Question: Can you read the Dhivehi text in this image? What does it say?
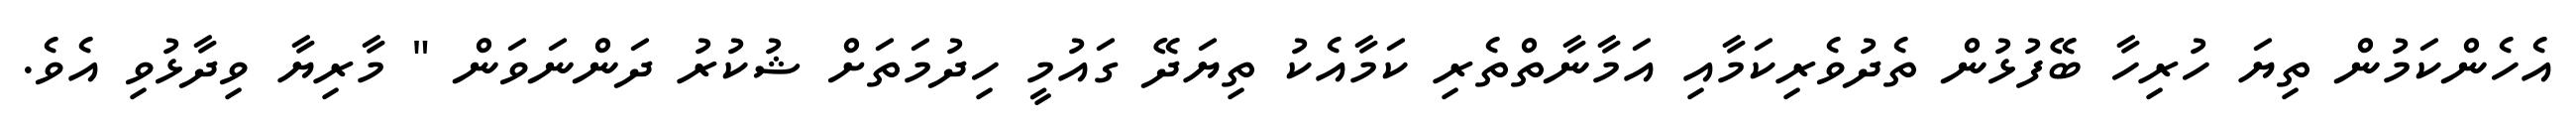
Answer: އެހެންކަމުން ތިޔަ ހުރިހާ ބޭފުޅުން ތެދުވެރިކަމާއި އަމާނާތްތެރި ކަމާއެކު ތިޔަދޭ ގައުމީ ހިދުމަތަށް ޝުކުރު ދަންނަވަން " މާރިޔާ ވިދާޅުވި އެވެ.